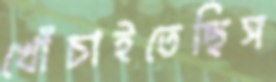
খোঁচাইতেছিস